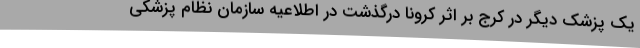
یک پزشک دیگر در کرج بر اثر کرونا درگذشت در اطلاعیه سازمان نظام پزشکی